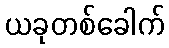
ယခုတစ်ခေါက်